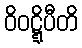
ဝိဝဋ္ဋိပီတိ